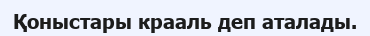
Қоныстары крааль деп аталады.